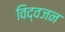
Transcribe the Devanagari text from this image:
विद्वजन